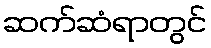
ဆက်ဆံရာတွင်